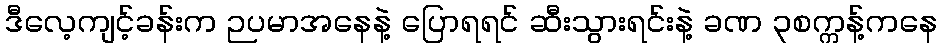
ဒီလေ့ကျင့်ခန်းက ဉပမာအနေနဲ့ ပြောရရင် ဆီးသွားရင်းနဲ့ ခဏ ၃စက္ကန့်ကနေ